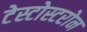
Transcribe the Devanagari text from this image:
टेस्टोस्टरोन